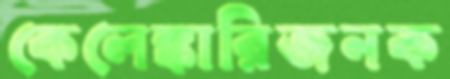
কেলেঙ্কারিজনক